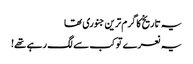
یہ تاریخ کا گرم ترین جنوری تھا
یہ نعرے تو کب سے لگ رہے تھے!